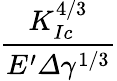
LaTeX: \frac{K_{Ic}^{4/3}}{E^{\prime}\varDelta\gamma^{1/3}}